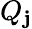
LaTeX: Q_{\mathbf{j}}